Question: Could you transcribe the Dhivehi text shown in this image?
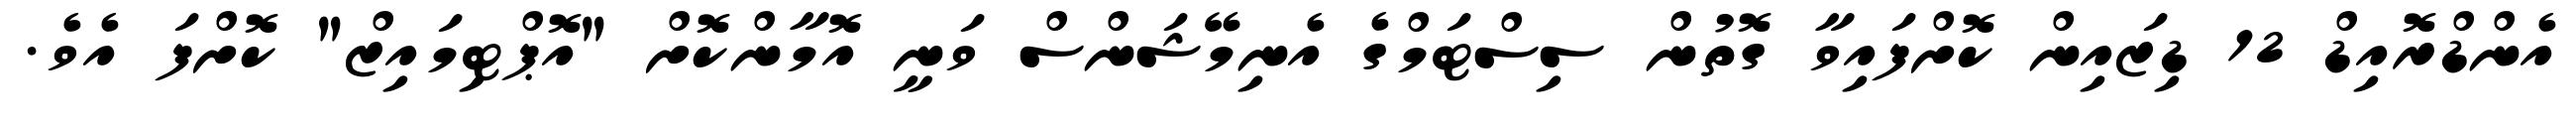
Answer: އެންޑްރޮއިޑް 12 ޑިޒައިން ކޮށްފައިވާ ގޮތުން ސިސްޓަމްގެ އެނިމޭޝަންސް ވަނީ އޮމާންކޮށް "އޮޕްޓިމައިޒް" ކޮށްފަ އެވެ.